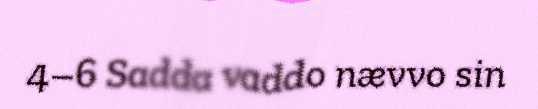
4–6 Sadda vaddo nævvo sin